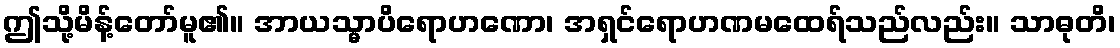
ဤသို့မိန့်တော်မူ၏။ အာယသ္မာပိရောဟဏော၊ အရှင်ရောဟဏမထေရ်သည်လည်း။ သာဓုတိ၊